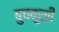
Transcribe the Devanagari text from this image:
बुचकुळी